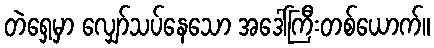
တဲရှေ့မှာ လျှော်သပ်နေသော အဒေါ်ကြီးတစ်ယောက်။